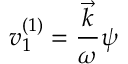
v _ { 1 } ^ { ( 1 ) } = \frac { \vec { k } } { \omega } \psi